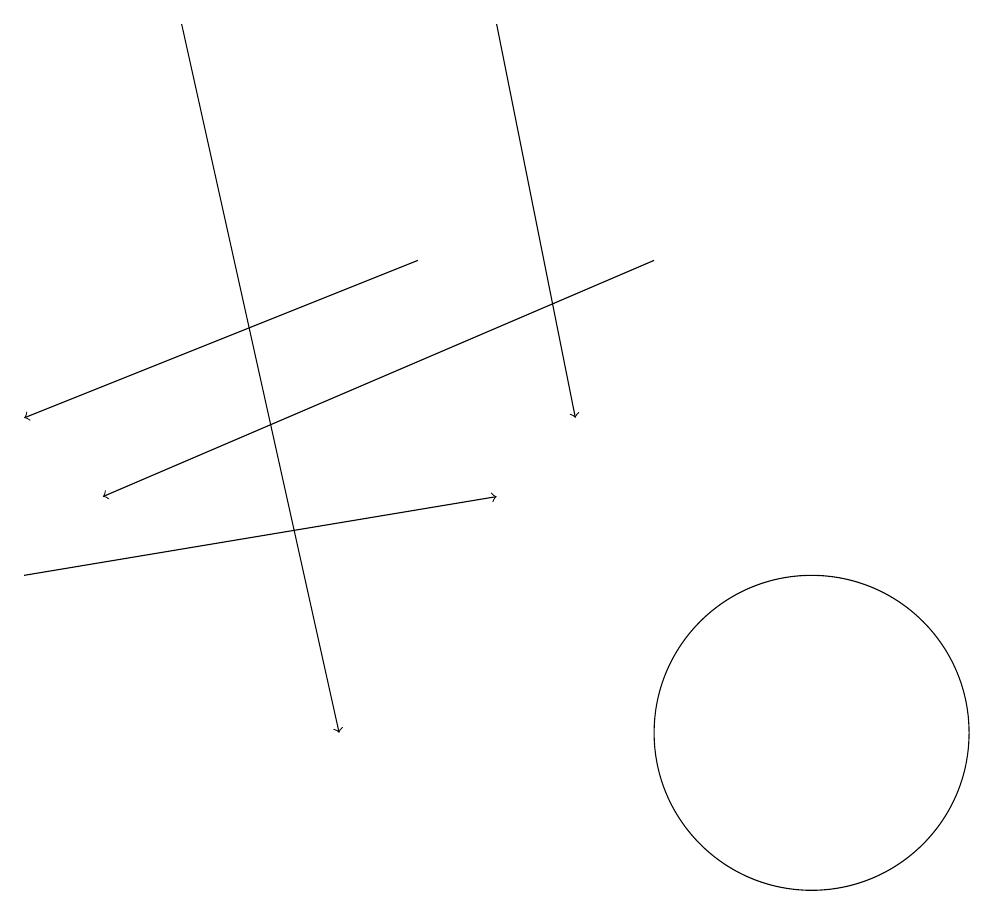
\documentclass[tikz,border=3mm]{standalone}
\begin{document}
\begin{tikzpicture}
\draw (11,10) circle (2);
\draw[->] (7,19) -- (8,14);
\draw[->] (6,16) -- (1,14);
\draw[->] (1,12) -- (7,13);
\draw[->] (9,16) -- (2,13);
\draw[->] (3,19) -- (5,10);
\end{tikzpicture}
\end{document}